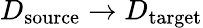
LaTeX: D_{\mathrm{source}}\to D_{\mathrm{target}}